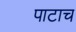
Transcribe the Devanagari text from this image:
पाटाच